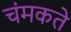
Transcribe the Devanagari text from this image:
चंमकते